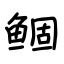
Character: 鲴